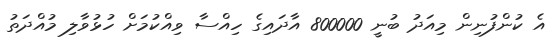
އެ ކުންފުނިން މިއަދު ބުނީ 800000 އާދައިގެ ހިއްސާ ވިއްކުމަށް ހުޅުވާލި މުއްދަތު